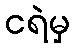
ငရဲမှ